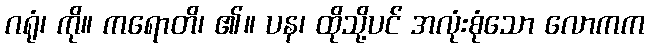
ဂရုံ၊ ကို။ ကရောတိ၊ ၏။ ပန၊ ထိုသို့ပင် အလုံးစုံသော လောကက